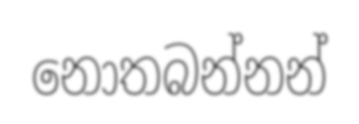
නොතබන්නන්